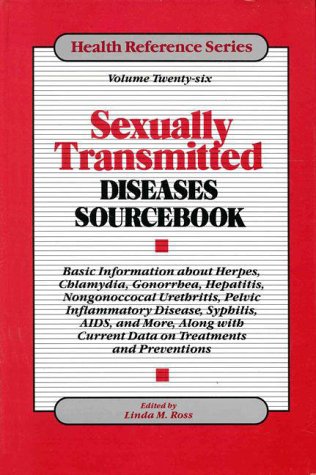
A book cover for Sexually Transmitted Diseases Sourcebook (Health Reference); Health, Fitness & Dieting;